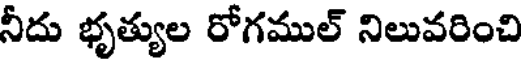
నీదు భృత్యుల రోగముల్ నిలువరించి